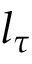
l _ { \tau }